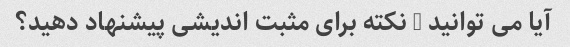
آیا می توانید 5 نکته برای مثبت اندیشی پیشنهاد دهید؟